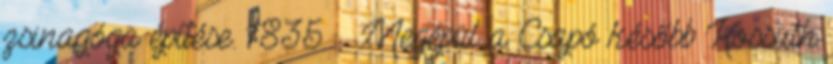
zsinagóga építése. 1835. – Megépül a Csapó később Kossuth